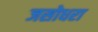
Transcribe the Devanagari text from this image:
जसोधरा